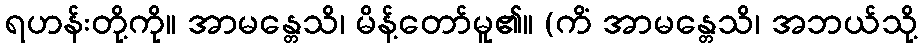
ရဟန်းတို့ကို။ အာမန္တေသိ၊ မိန့်တော်မူ၏။ (ကိံ အာမန္တေသိ၊ အဘယ်သို့